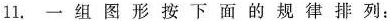
11. 一组图形按下面的规律排列：